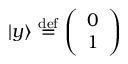
| y \rangle \ { \stackrel { \mathrm { d e f } } { = } } \ { \left( \begin{array} { l } { 0 } \\ { 1 } \end{array} \right) }